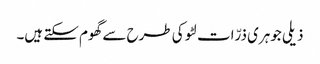
ذیلی جوہری ذرّات لٹو کی طرح سے گھوم سکتے ہیں۔